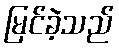
မြင်ခဲ့သည်